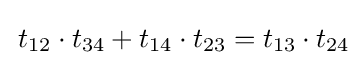
\,t_{12}\cdot t_{34}+t_{14}\cdot t_{23}=t_{13}\cdot t_{24}